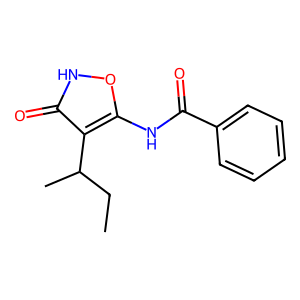
SMILES: CCC(C)c1c(NC(=O)c2ccccc2)o[nH]c1=O
Inhibits HIV replication: No